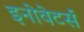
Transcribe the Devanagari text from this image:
इनोवेटर्स